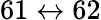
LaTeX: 61\leftrightarrow 62